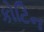
કોટિન